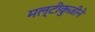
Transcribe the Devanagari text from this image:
मल्टीकुज़ीने